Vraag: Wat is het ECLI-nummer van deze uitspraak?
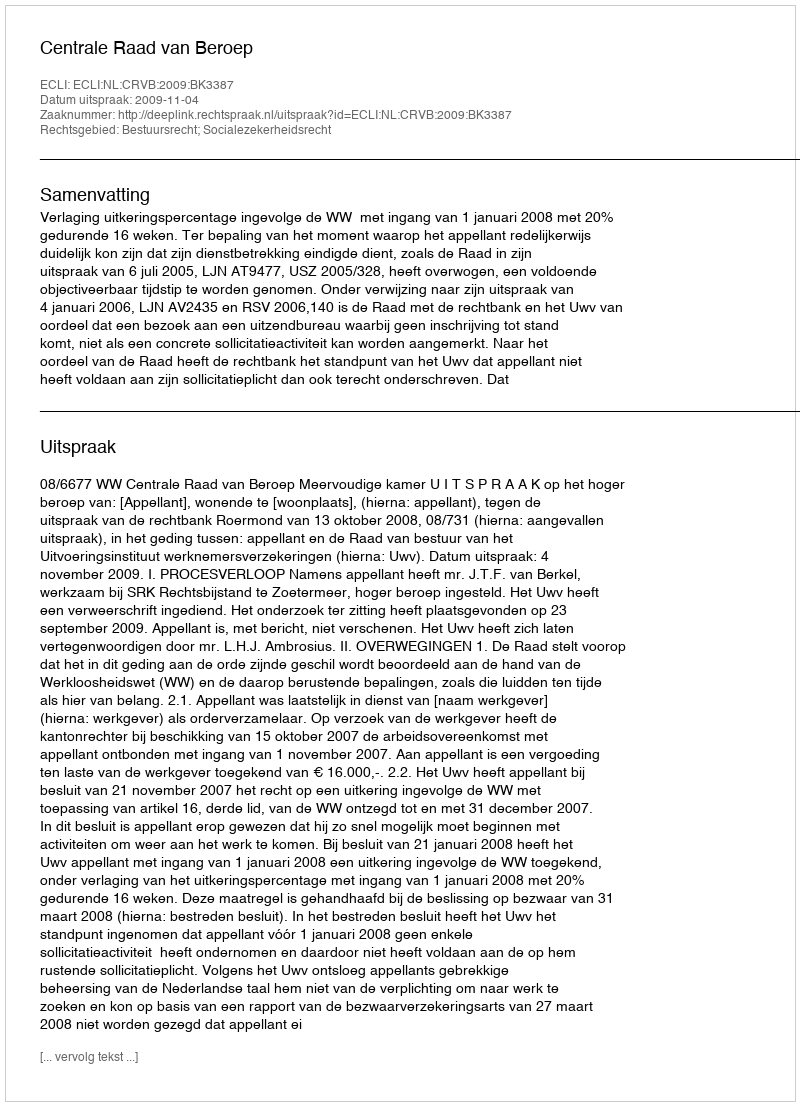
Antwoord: ECLI:NL:CRVB:2009:BK3387